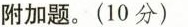
附加题。(10分)